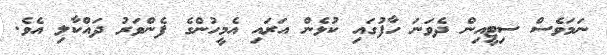
ނަމަވެސް ސިޓީއިން ދެވަނަ ހާފުގައި ކުޅެން އަރައި އެމީހުންގެ ފެންވަރު ދައްކާލި އެވެ.